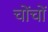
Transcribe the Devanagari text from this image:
चोंचों